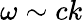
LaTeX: \omega\sim ck